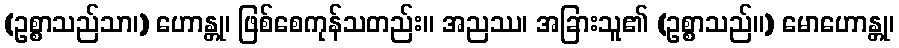
(ဥစ္စာသည်သာ၊) ဟောန္တု၊ ဖြစ်စေကုန်သတည်း။ အညဿ၊ အခြားသူ၏ (ဥစ္စာသည်။) မောဟောန္တု၊